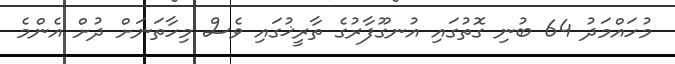
މުހައްމަދު 64 ބުނި ގޮތުގައި އުނގޫފާރުގެ ތާރީޚުގައި ވެސް މިހާތަނަށް ދުށް އެންމެ